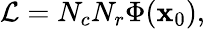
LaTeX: {\cal L}=N_{c}N_{r}\Phi({\mathbf x}_{0}),